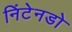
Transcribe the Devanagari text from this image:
निंटेनडो